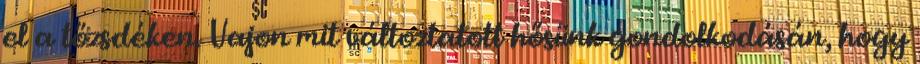
el a tőzsdéken. Vajon mit változtatott hősünk gondolkodásán, hogy